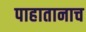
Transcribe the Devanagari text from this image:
पाहातानाच